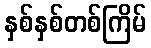
နှစ်နှစ်တစ်ကြိမ်